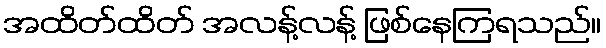
အထိတ်ထိတ် အလန့်လန့် ဖြစ်နေကြရသည်။